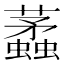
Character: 𧓿